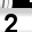
Digit: 2